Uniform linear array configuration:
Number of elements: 24
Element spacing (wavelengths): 0.25
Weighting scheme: blackman
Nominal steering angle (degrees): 15
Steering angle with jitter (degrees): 15.401
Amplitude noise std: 0.05
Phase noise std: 0.05

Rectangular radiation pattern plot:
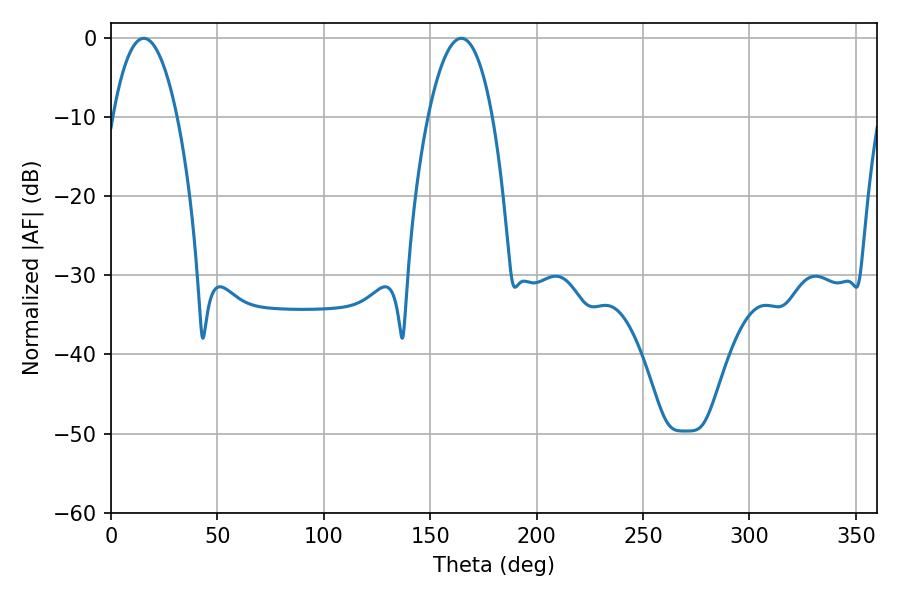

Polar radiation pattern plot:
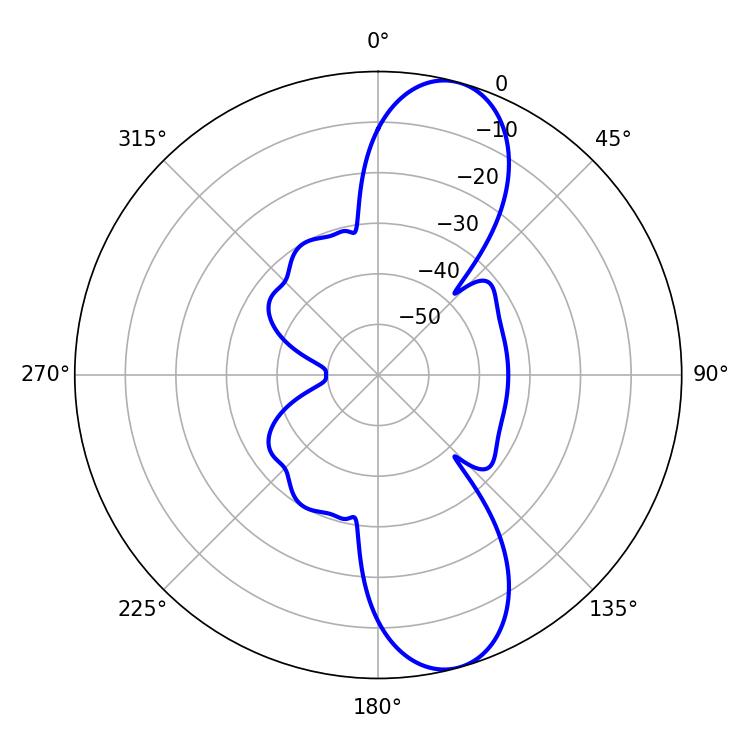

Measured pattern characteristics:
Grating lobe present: FALSE
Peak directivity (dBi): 10.756
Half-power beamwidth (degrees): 16.74
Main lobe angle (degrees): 15.48